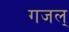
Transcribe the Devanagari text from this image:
गजल्